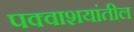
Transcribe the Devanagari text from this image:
पक्वाशयांतील